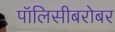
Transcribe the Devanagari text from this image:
पॉलिसीबरोबर